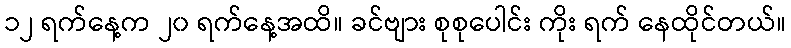
၁၂ ရက်နေ့က ၂၀ ရက်နေ့အထိ။ ခင်ဗျား စုစုပေါင်း ကိုး ရက် နေထိုင်တယ်။